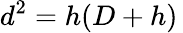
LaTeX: d^{2}=h(D+h)\,